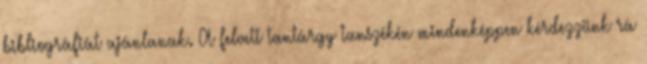
bibliográfiát ajánlanak. A felvett tantárgy tanszékén mindenképpen kérdezzünk rá